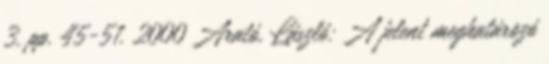
3. pp. 45-51. 2000 Arató, László: A jelent meghatározó